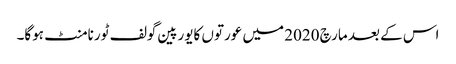
اس کے بعد مارچ 2020 میں عورتوں کایورپین گولف ٹورنامنٹ ہوگا۔